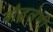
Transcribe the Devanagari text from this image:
बौद्घलेणी